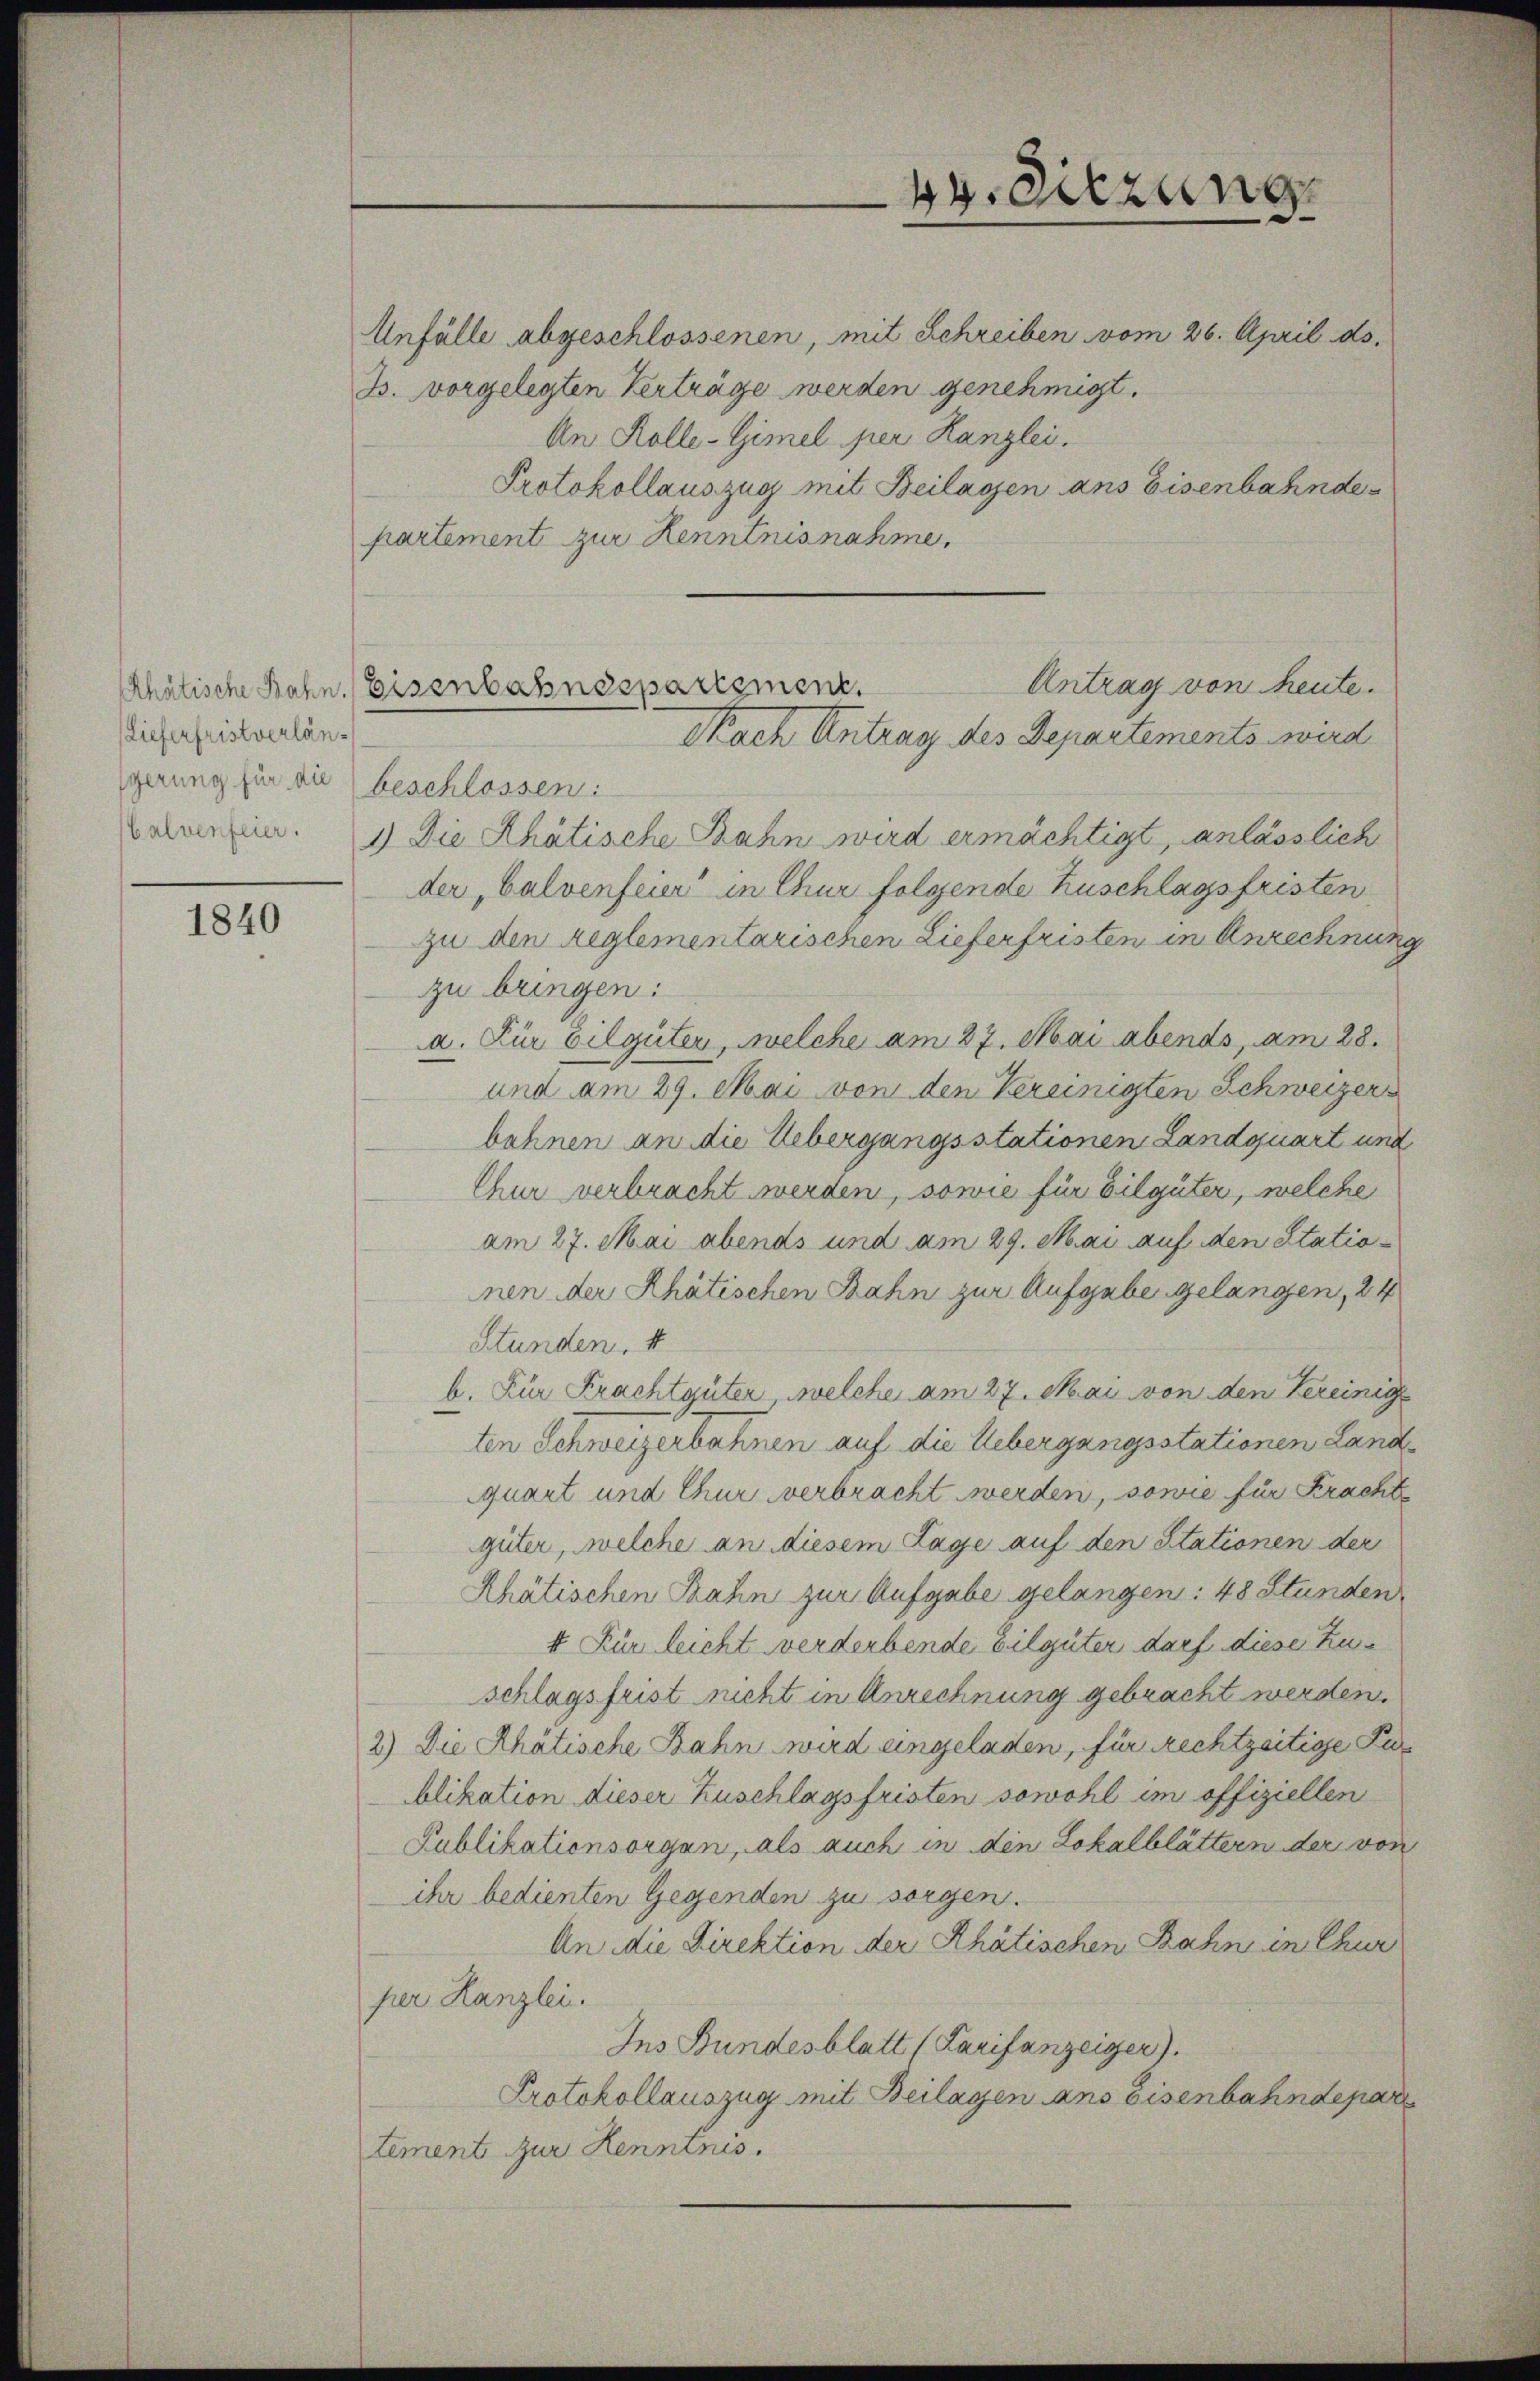
Lieferfristverlänsgerung für die beschlossen:

1840

Anfälle abgeschlossenen, mit Schreiben vom 26. April ds.
B. vorgelegten Verträge werden genehmigt.
An Kolle-Gimel per Kanzlei.
Protokollauszug mit Beilassen ans Eisenbahnde
partement zur Kenntnisnahme,
Antrag von heute.
amen. Die Rhätische Bahn wird ermächtigt, anlässlich
der „balvenfeier in Chur folgende Zuschlagsfristen
zu den Reglementarischen Lieferfristen in Anrechnun
zu bringen:
a. Für Eilgüter, welche am 27. Mai abends, am 28.
und am 29. Mai von den Vereinigten Schweizer
behnen an die Uebergangsstationen Landquart und
Chur verbracht werden, sowie für Eilgüter, welche
am 27. Mai abends und am 29. Mai auf den Statio-
nen der Rhätischen Bahn zur Aufgabe gelangen, 24
Stunden, 4
b. Für Frachtgüter, welche am 27. Mai von den Vereinige
ten Schweizerbahnen auf die Uebergangsstationen Landquart und Chur verbracht werden, sowie für Kracht
güter, welche an diesem Lage auf den Stationen der
Rhätischen Bahn zur Aufgabe gelangen: 48 Stunden
4. Für leicht verderbende Eilgüter darf diese Zuschlagsfrist nicht in Anrechnung gebracht werden.
2) Die Rhätische Zahn wird eingeladen, für Rechtzeitige Par
blikation dieser Zuschlagsfristen sowohl im offiziellen
Publikationsorgen, als auch in den Lokalblättern der von
ihr bedienten Gegenden zu sorgen.
An die Direktion der Rhätischen Bahn in Chur
per Kanzlei.
Ins Bundesblatt (Larifanzeiger).
Protokollauszug mit Beilagen ans eisenbahndepar
tement zur Kenntnus.

hatische Bahn. Eisenbahndepartement.
Nach Antrag des Departements wird

4.Sitzung